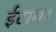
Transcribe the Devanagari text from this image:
ईटामर